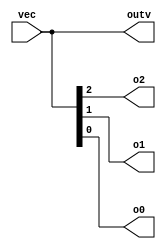
//https://hdlbits.01xz.net/wiki/Vector0

module top_module ( 
    input wire [2:0] vec,
    output wire [2:0] outv,
    output wire o2,
    output wire o1,
    output wire o0  ); // Module body starts after module declaration
	
    assign outv = vec;
    assign o2 = vec[2];
    assign o1 = vec[1];
    assign o0 = vec[0];
endmodule